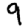
Digit: 9